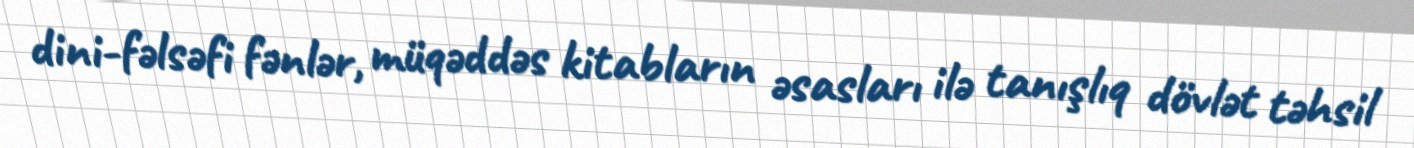
dini-fəlsəfi fənlər, müqəddəs kitabların əsasları ilə tanışlıq dövlət təhsil